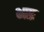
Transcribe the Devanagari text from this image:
भाप्र